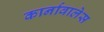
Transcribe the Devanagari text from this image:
कार्नावालेस